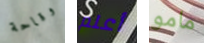
وقاحة أعلم مامو